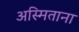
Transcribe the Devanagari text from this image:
अस्मिताना